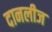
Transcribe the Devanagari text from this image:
दानलीज